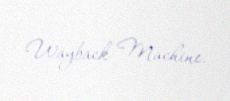
Wayback Machine.